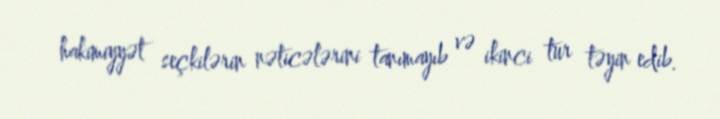
hakimiyyət seçkilərin nəticələrini tanımayıb və ikinci tur təyin edib.